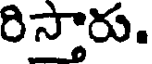
రిస్తారు.